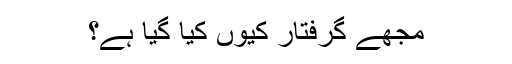
مجھے گرفتار کیوں کیا گیا ہے؟